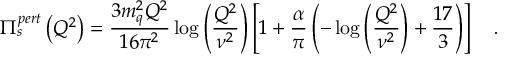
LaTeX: \Pi _ { s } ^ { p e r t } \left( Q ^ { 2 } \right) = \frac { 3 m _ { q } ^ { 2 } Q ^ { 2 } } { 1 6 \pi ^ { 2 } } \log { \left( \frac { Q ^ { 2 } } { \nu ^ { 2 } } \right) } \left[ 1 + \frac { \alpha } { \pi } \left( - \log { \left( \frac { Q ^ { 2 } } { \nu ^ { 2 } } \right) } + \frac { 1 7 } { 3 } \right) \right] \quad .